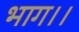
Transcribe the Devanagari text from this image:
भाग।।